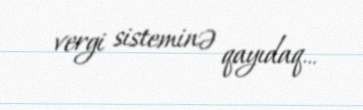
vergi sisteminə qayıdaq...